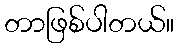
တာဖြစ်ပါတယ်။